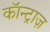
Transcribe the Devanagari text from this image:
कॉन्ट्राज़